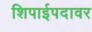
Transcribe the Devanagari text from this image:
शिपाईपदावर